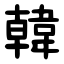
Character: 韓